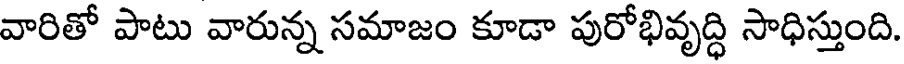
వారితో పాటు వారున్న సమాజం కూడా పురోభివృద్ధి సాధిస్తుంది.